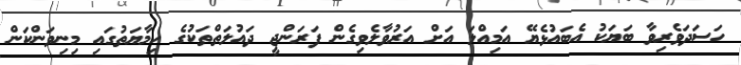
ހަސަދަވެރިވާ ބަޔަކު އެބައުޅެޔޭ އަމިއްލަ އަށް އަރުވާލެވިގެން ފަރަންޖީ ދައުލަތްތަކުގެ ހިމާޔަތުގައި މިނިވަންކަން